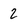
Character: 2